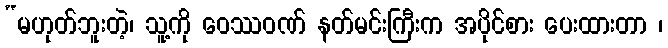
“မဟုတ်ဘူးတဲ့၊ သူ့ကို ဝေဿဝဏ် နတ်မင်းကြီးက အပိုင်စား ပေးထားတာ ၊